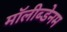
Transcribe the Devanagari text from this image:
मॉलीब्डेनम